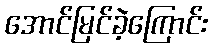
အောင်မြင်ခဲ့ကြောင်း